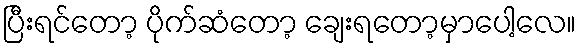
ပြီးရင်တော့ ပိုက်ဆံတော့ ချေးရတော့မှာပေါ့လေ။